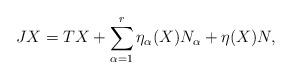
LaTeX: \begin{align*}JX=TX+\sum_{\alpha=1}^r\eta_{\alpha}(X)N_{\alpha}+\eta(X)N,\end{align*}